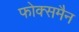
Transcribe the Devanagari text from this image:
फोक्समैन